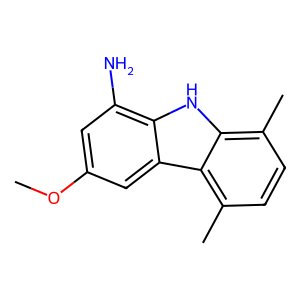
SMILES: COc1cc(N)c2[nH]c3c(C)ccc(C)c3c2c1
Inhibits HIV replication: No